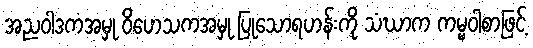
အညဝါဒကအမှု ဝိဟေသကအမှု ပြုသောရဟန်းကို သံဃာက ကမ္မဝါစာဖြင့်